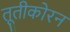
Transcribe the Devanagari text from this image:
तूतीकोरन